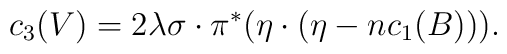
c_3(V)= 2\lambda \sigma\cdot \pi^{*}(\eta\cdot(\eta-nc_1(B))).